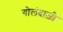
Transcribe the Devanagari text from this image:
गोलंदाज़ी